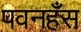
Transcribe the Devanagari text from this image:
पवनहँस